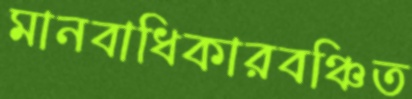
মানবাধিকারবঞ্চিত